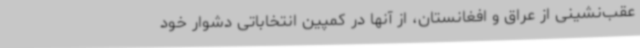
عقب‌نشینی از عراق و افغانستان، از آنها در کمپین انتخاباتی دشوار خود